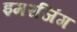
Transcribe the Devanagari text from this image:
इमरजिंग